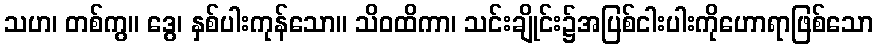
သဟ၊ တစ်ကွ။ ဒွေ၊ နှစ်ပါးကုန်သော။ သိဝထိကာ၊ သင်းချိုင်း၌အပြစ်ငါးပါးကိုဟောရာဖြစ်သော